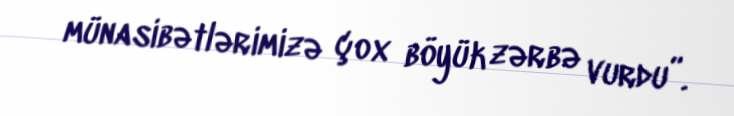
münasibətlərimizə çox böyük zərbə vurdu”.